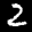
Label: 2